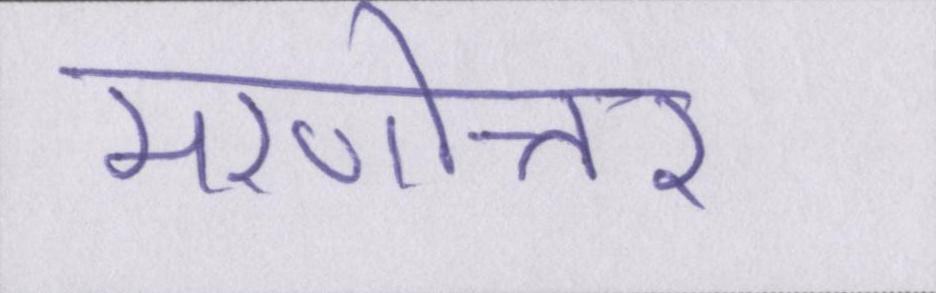
मरणोत्तर